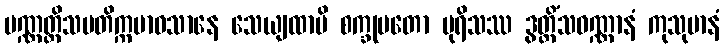
ပဏ္ဏတ္တိသမတိက္ကမာဝသာနေ သေယျထာပိ စက္ခုမတော ပုရိသဿ ဒွတ္တိံသဝဏ္ဏာနံ ကုသုမာနံ